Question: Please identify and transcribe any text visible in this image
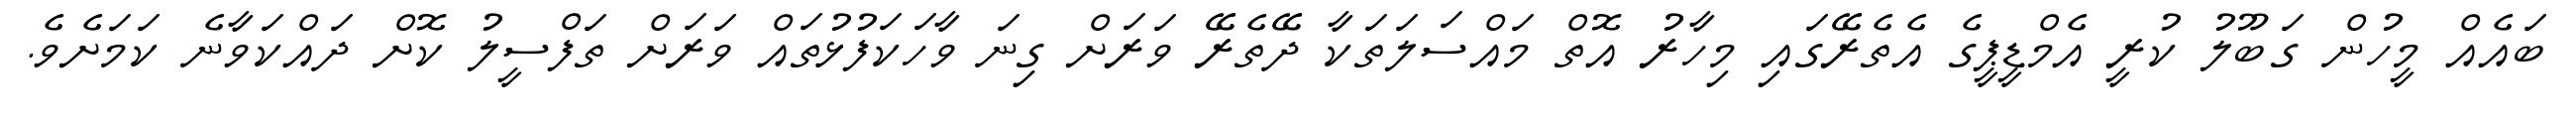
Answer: ބައެއް މީހުން ގަބޫލު ކުރީ އެމްޑީޕީގެ އެތެރޭގައި މިހާރު އޮތް މައްސަލަތަކާ ދޭތެރޭ ވަރަށް ގިނަ ވާހަކަފުޅުތައް ވަރަށް ތަފްސީލު ކޮށް ދައްކަވާނެ ކަމަށެވެ.